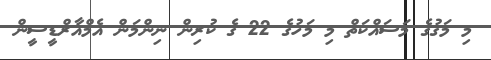
މި މަގުގެ މަސައްކަތް މި މަހުގެ 22 ގެ ކުރިން ނިންމަން އެމްއާރްޑީސީން